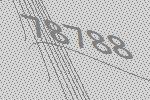
78788